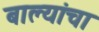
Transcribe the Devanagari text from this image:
बाल्यांचा